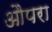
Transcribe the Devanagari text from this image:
औपरा